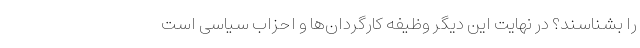
را بشناسند؟ در نهایت این دیگر وظیفه کارگردان‌ها و احزاب سیاسی است